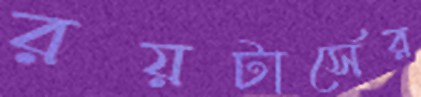
রয়টার্সের